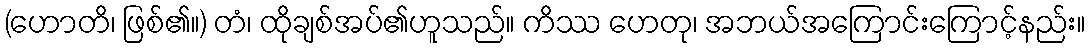
(ဟောတိ၊ ဖြစ်၏။) တံ၊ ထိုချစ်အပ်၏ဟူသည်။ ကိဿ ဟေတု၊ အဘယ်အကြောင်းကြောင့်နည်း။